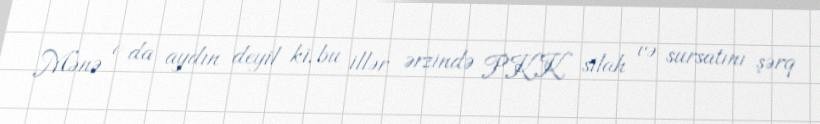
Mənə o da aydın deyil ki, bu illər ərzində PKK silah və sursatını şərq